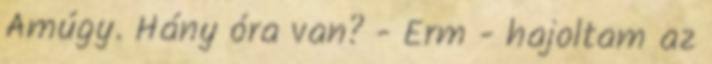
Amúgy. Hány óra van? - Erm - hajoltam az